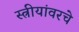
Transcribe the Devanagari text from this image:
स्त्रीयांवरचे